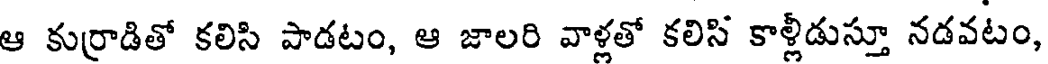
ఆ కుర్రాడితో కలిసి పాడటం, ఆ జాలరి వాళ్లతో కలిసి కాల్లీడుస్తూ నడవటం,